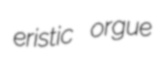
eristic orgue